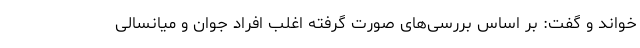
خواند و گفت: بر اساس بررسی‌های صورت گرفته اغلب افراد جوان و میانسالی